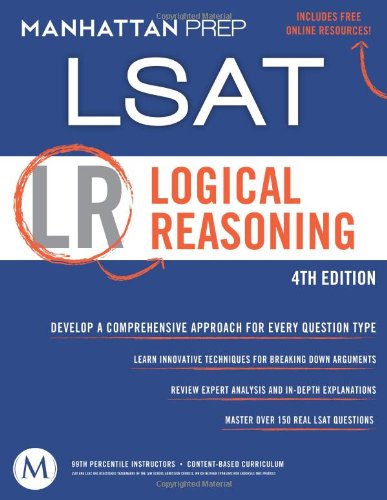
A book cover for Logical Reasoning: LSAT Strategy Guide, 4th Edition; Manhattan Prep; Test Preparation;